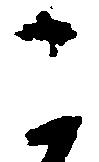
こ